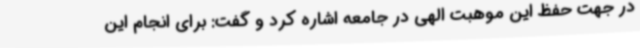
در جهت حفظ این موهبت الهی در جامعه اشاره کرد و گفت: برای انجام این